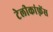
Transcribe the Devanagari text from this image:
टेलीकांफ़्रेंस